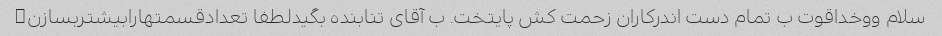
سلام ووخداقوت ب تمام دست اندرکاران زحمت کش پایتخت. ب آقای تنابنده بگیدلطفا تعدادقسمتهارابیشتربسازن�